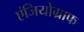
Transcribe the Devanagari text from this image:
एंजियोग्राफ